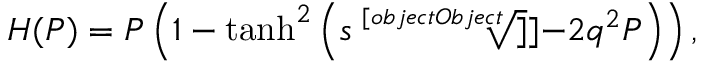
{ \cal H } ( P ) = P \left( 1 - \operatorname { t a n h } ^ { 2 } \left( s \sqrt [ [object Object] ] ] { - 2 q ^ { 2 } P } \right) \right) ,